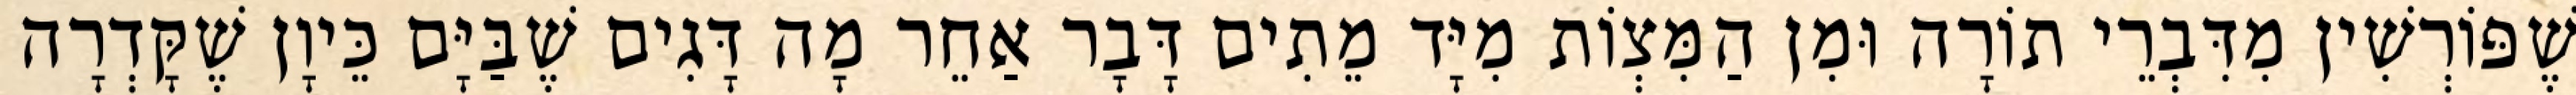
שֶׁפּוֹרְשִׁין מִדִּבְרֵי תוֹרָה וּמִן הַמִּצְוֹת מִיָּד מֵתִים דָּבָר אַחֵר מָה דָּגִים שֶׁבַּיָּם כֵּיוָן שֶׁקָּדְרָה